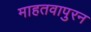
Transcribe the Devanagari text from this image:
माहतवापुरन